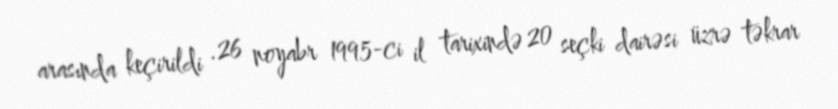
arasında keçirildi .26 noyabr 1995-ci il tarixində 20 seçki dairəsi üzrə təkrar